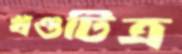
খণ্ডটিত্র